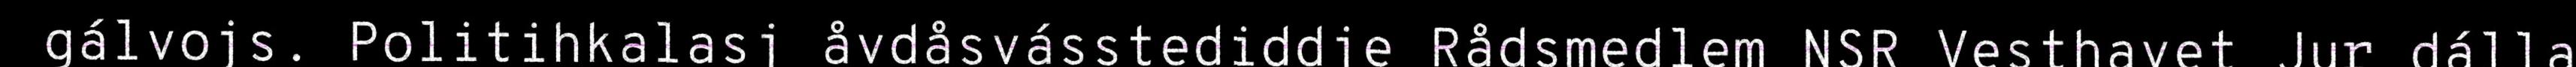
gálvojs. Politihkalasj åvdåsvásstediddje Rådsmedlem NSR Vesthavet Jur dálla